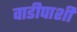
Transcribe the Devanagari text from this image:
वाडीपाशी